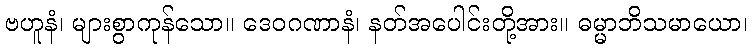
ဗဟူနံ၊ များစွာကုန်သော။ ဒေဝဂဏာနံ၊ နတ်အပေါင်းတို့အား။ ဓမ္မာဘိသမာယော၊